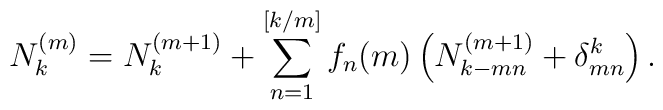
N^{(m)}_k=N^{(m+1)}_k+\sum_{n=1}^{[k/m]} f_n(m)           \left(N^{(m+1)}_{k-mn}+\delta^{k}_{mn}\right).